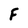
Character: F